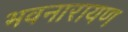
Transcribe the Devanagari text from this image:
भवनारायण